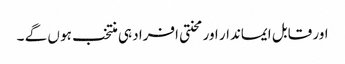
اور قابل ایماندار اور محنتی افراد ہی منتخب ہو ں گے ۔